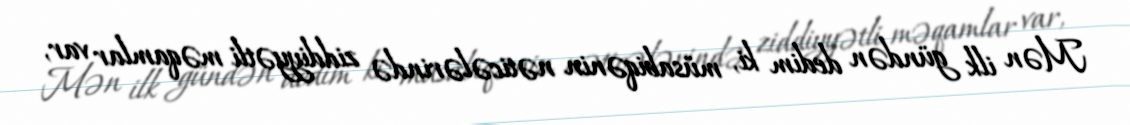
Mən ilk gündən dedim ki, müsabiqənin nəticələrində ziddiyyətli məqamlar var,